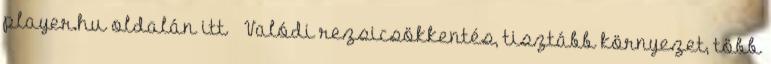
player.hu oldalán itt → Valódi rezsicsökkentés, tisztább környezet, több